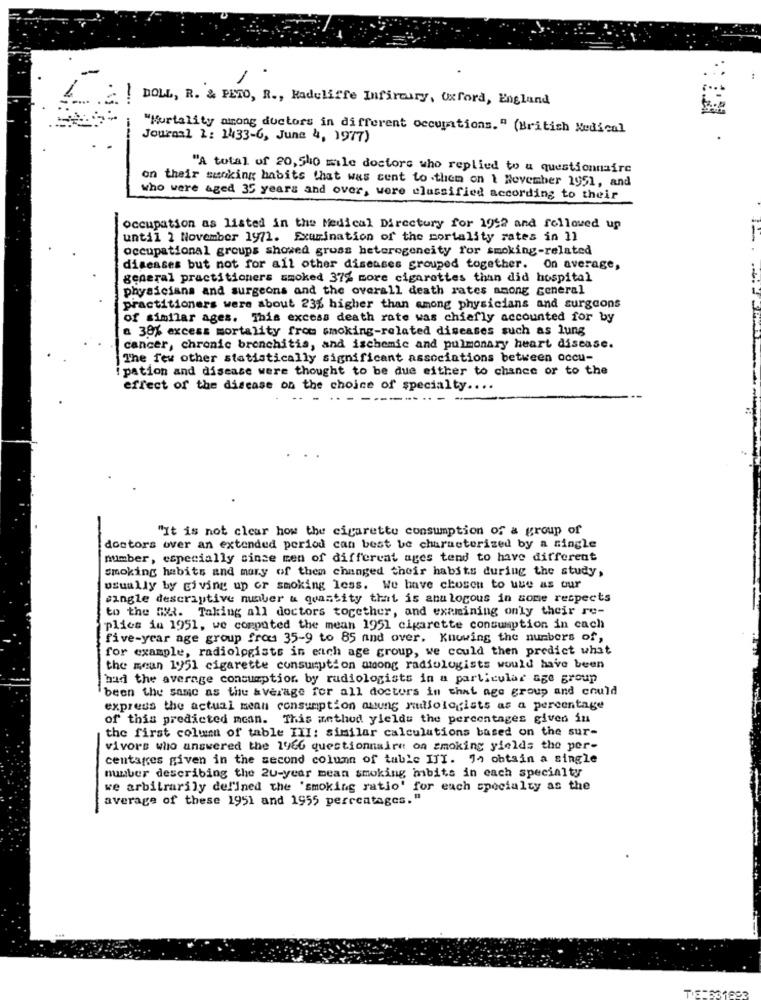
! DOLL, R. & PETO, R ., Radcliffe Infirmary, Oxford, England
"Kurtality among doctors in different occupations. " (British Medical
-
Journal 1: 1433-6, June 4, 1977)
"A total of 20, 540 mile doctors who replied to a questionnaire
on their sunking habits that was sent to .them on 1 November 1951, and
who were aged 35 years and over, were elussified according to their
occupation as listed in the Medical Directory for 1952 and followed up
until 2 November 1971. Exurination of the mortality rates in 11
occupational groups showed gruss heterogeneity for smoking-related
diseases but not for all other diseases grouped together. On average,
general practitioners smoked 37% more cigarettes than did hospital
physicians and surgeons and the overall death rates among general
practitioners were about 23% higher than among physicians and surgeons
of similar ages. This excess death rate was chiefly accounted for by
a 38% excess mortality from smoking-related diseases such as lung
cancer, chronic bronchitis, and ischemic and pulmonary heart disease.
The few other statistically significant associations between occu-
ipation and disease were thought to be due either to chance or to the
effect of the disease on the choice of specialty ....
.-
"It is not clear how the cigarette consumption of a group of
doctors over an extended period can best be characterized by a single
number, especially since men of different ages tend to have different
Smoking habits and mary of them changed their habits during the study,
usually by giving up or smoking less. We have chosen to use as our
single descriptive number & quantity that is analogous in some respects
to the m. Taking all doctors together, and examining only their re-
plies in 1951, we computed the mean 1951 cigarette consumption in cach
five-year age group from 35-9 to 85 and over. Knowing the numbers of,
for example, radiologists in each age group, we could then predict what
the mean 1951 cigarette consumption among radiologists would have been
hud the average consumption by radiologists in a particular age group
been the same as the average for all doctors in that age group and could
express the actual mean consumption quung radiologists as a percentage
of this predicted mean. This method yleldu the percentages given in
the first column of table III: similar calculations based on the sur-
vivors who answered the 1966 questionnaire on smoking yields the per-
centages given in the second column of table III. Jo obtain a single
number describing the 20-year mean smoking mbits in each specialty
we arbitrarily del'ined the 'smoking ratio' for each specialty as the
average of these 1951 and 1955 percentages."